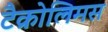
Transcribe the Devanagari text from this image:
टैक्रोलिमस